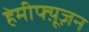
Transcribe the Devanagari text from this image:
हेमीफ्य़ूज़न